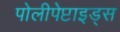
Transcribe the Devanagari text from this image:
पोलीपेप्टाइड्स